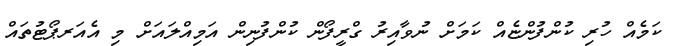
ކަމެއް ހުރި ކުންފުންޏެއް ކަމަށް ނުވާއިރު ގްރީފޯން ކުންފުނިން އަމިއްލައަށް މި އެއަރޕޯޓުތައް